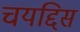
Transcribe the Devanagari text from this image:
चयद्दिस